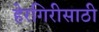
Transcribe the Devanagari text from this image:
हेरगिरीसाठी